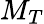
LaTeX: M_{T}